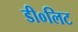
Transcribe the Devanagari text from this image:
डी०लिट